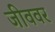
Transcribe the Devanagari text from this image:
जीववर